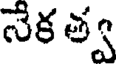
నేక త్వ